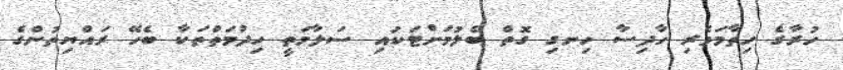
ހުރާގެ ހިތާމަވެރި ހާދިސާ ހިނގި ގޮތް ބެލުމަށްޓަކައި ސަލާމަތީ ހިދުމަތްތަކާ ބެހޭ ރައްޔިތުންގެ